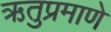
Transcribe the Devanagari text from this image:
ऋतुप्रमाणे